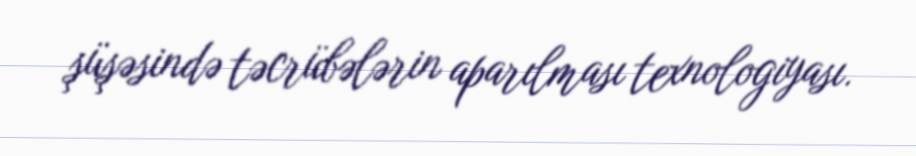
şüşəsində təcrübələrin aparılması texnologiyası.